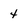
Character: 4